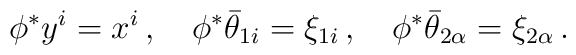
\phi^* y^i=x^i\,,\quad \phi^*{\bar    \theta}_{1i}=\xi_{1i} \,, \quad \phi^* {\bar \theta}_{2    \alpha}=\xi_{2 \alpha}\,.